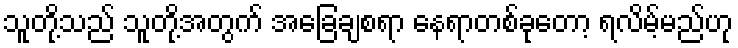
သူတို့သည် သူတို့အတွက် အခြေချစရာ နေရာတစ်ခုတော့ ရလိမ့်မည်ဟု